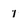
Character: 1